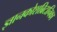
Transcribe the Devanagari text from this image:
ज्ञानकोशब्रिटानिका